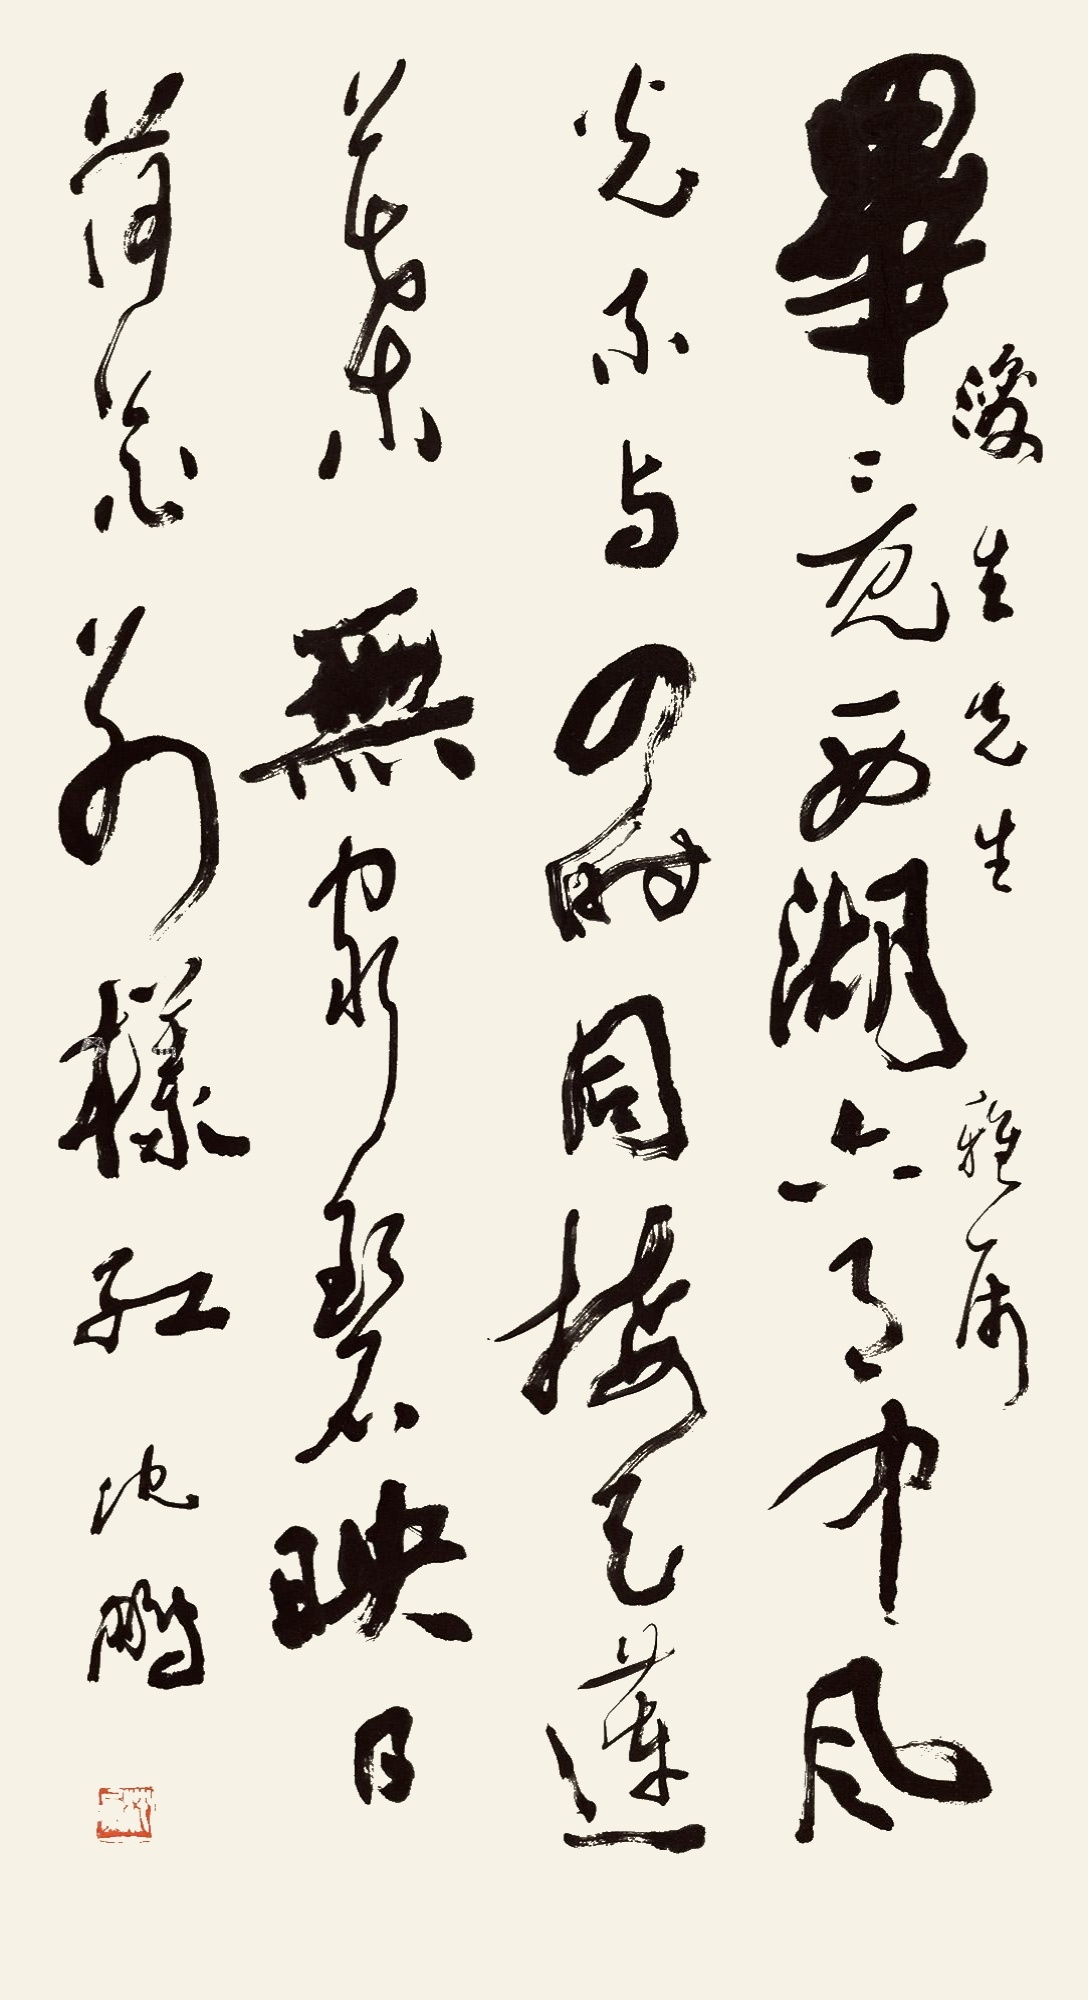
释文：毕竟西湖六月中，风光不与四时同。接天莲叶无穷碧，映日荷花别样红。浚生先生雅属。沈鹏。